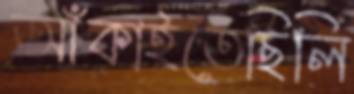
আঁকাইতেছিলি